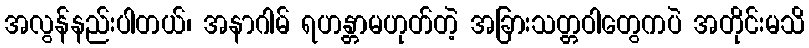
အလွန်နည်းပါတယ်၊ အနာဂါမ် ရဟန္တာမဟုတ်တဲ့ အခြားသတ္တဝါတွေကပဲ အတိုင်းမသိ